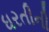
ધરતીની